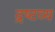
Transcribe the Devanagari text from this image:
द्रष्‍टव्‍य